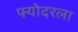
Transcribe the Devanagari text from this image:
फ्योदरला